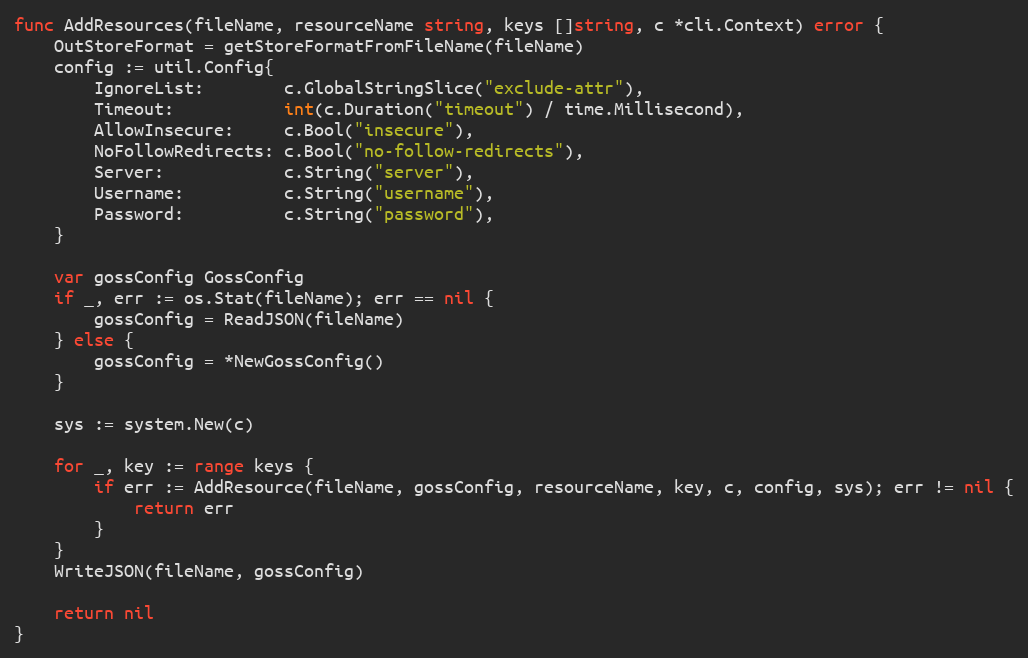
Language: Go
func AddResources(fileName, resourceName string, keys []string, c *cli.Context) error {
	OutStoreFormat = getStoreFormatFromFileName(fileName)
	config := util.Config{
		IgnoreList:        c.GlobalStringSlice("exclude-attr"),
		Timeout:           int(c.Duration("timeout") / time.Millisecond),
		AllowInsecure:     c.Bool("insecure"),
		NoFollowRedirects: c.Bool("no-follow-redirects"),
		Server:            c.String("server"),
		Username:          c.String("username"),
		Password:          c.String("password"),
	}

	var gossConfig GossConfig
	if _, err := os.Stat(fileName); err == nil {
		gossConfig = ReadJSON(fileName)
	} else {
		gossConfig = *NewGossConfig()
	}

	sys := system.New(c)

	for _, key := range keys {
		if err := AddResource(fileName, gossConfig, resourceName, key, c, config, sys); err != nil {
			return err
		}
	}
	WriteJSON(fileName, gossConfig)

	return nil
}